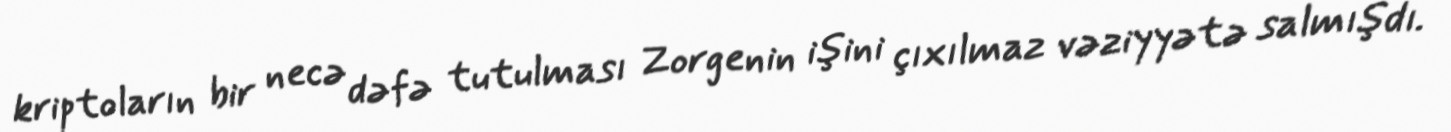
kriptoların bir necə dəfə tutulması Zorgenin işini çıxılmaz vəziyyətə salmışdı.